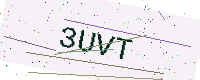
Text: 3UVT